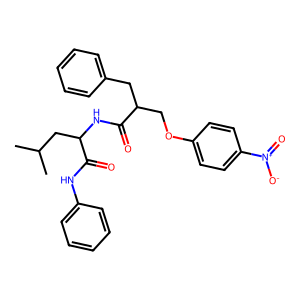
SMILES: CC(C)CC(NC(=O)C(COc1ccc([N+](=O)[O-])cc1)Cc1ccccc1)C(=O)Nc1ccccc1
Inhibits HIV replication: No